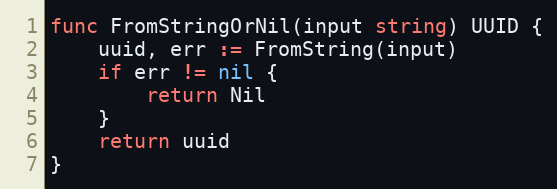
Language: Go
func FromStringOrNil(input string) UUID {
	uuid, err := FromString(input)
	if err != nil {
		return Nil
	}
	return uuid
}